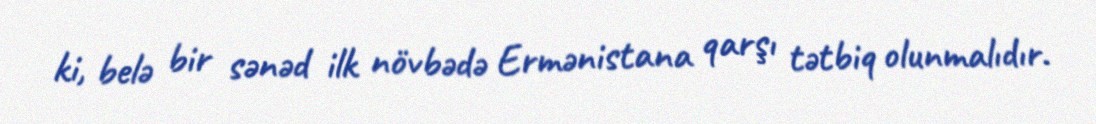
ki, belə bir sənəd ilk növbədə Ermənistana qarşı tətbiq olunmalıdır.